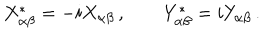
X _ { \alpha \beta } ^ { \ast } = - i X _ { \alpha \beta } \, , \qquad Y _ { \alpha \beta } ^ { \ast } = i Y _ { \alpha \beta } \, .